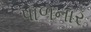
પાળનાર